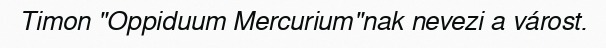
Timon "Oppiduum Mercurium"nak nevezi a várost.